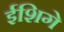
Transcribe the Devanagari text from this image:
ईशिगे